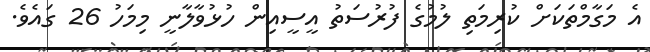
އެ މަގާމްތަކަށް ކުރިމަތި ލުމުގެ ފުރުސަތު އީސީއިން ހުޅުވާލާނީ މިމަހު 26 ގައެވެ.